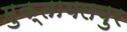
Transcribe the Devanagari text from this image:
मुक्तायलपुर